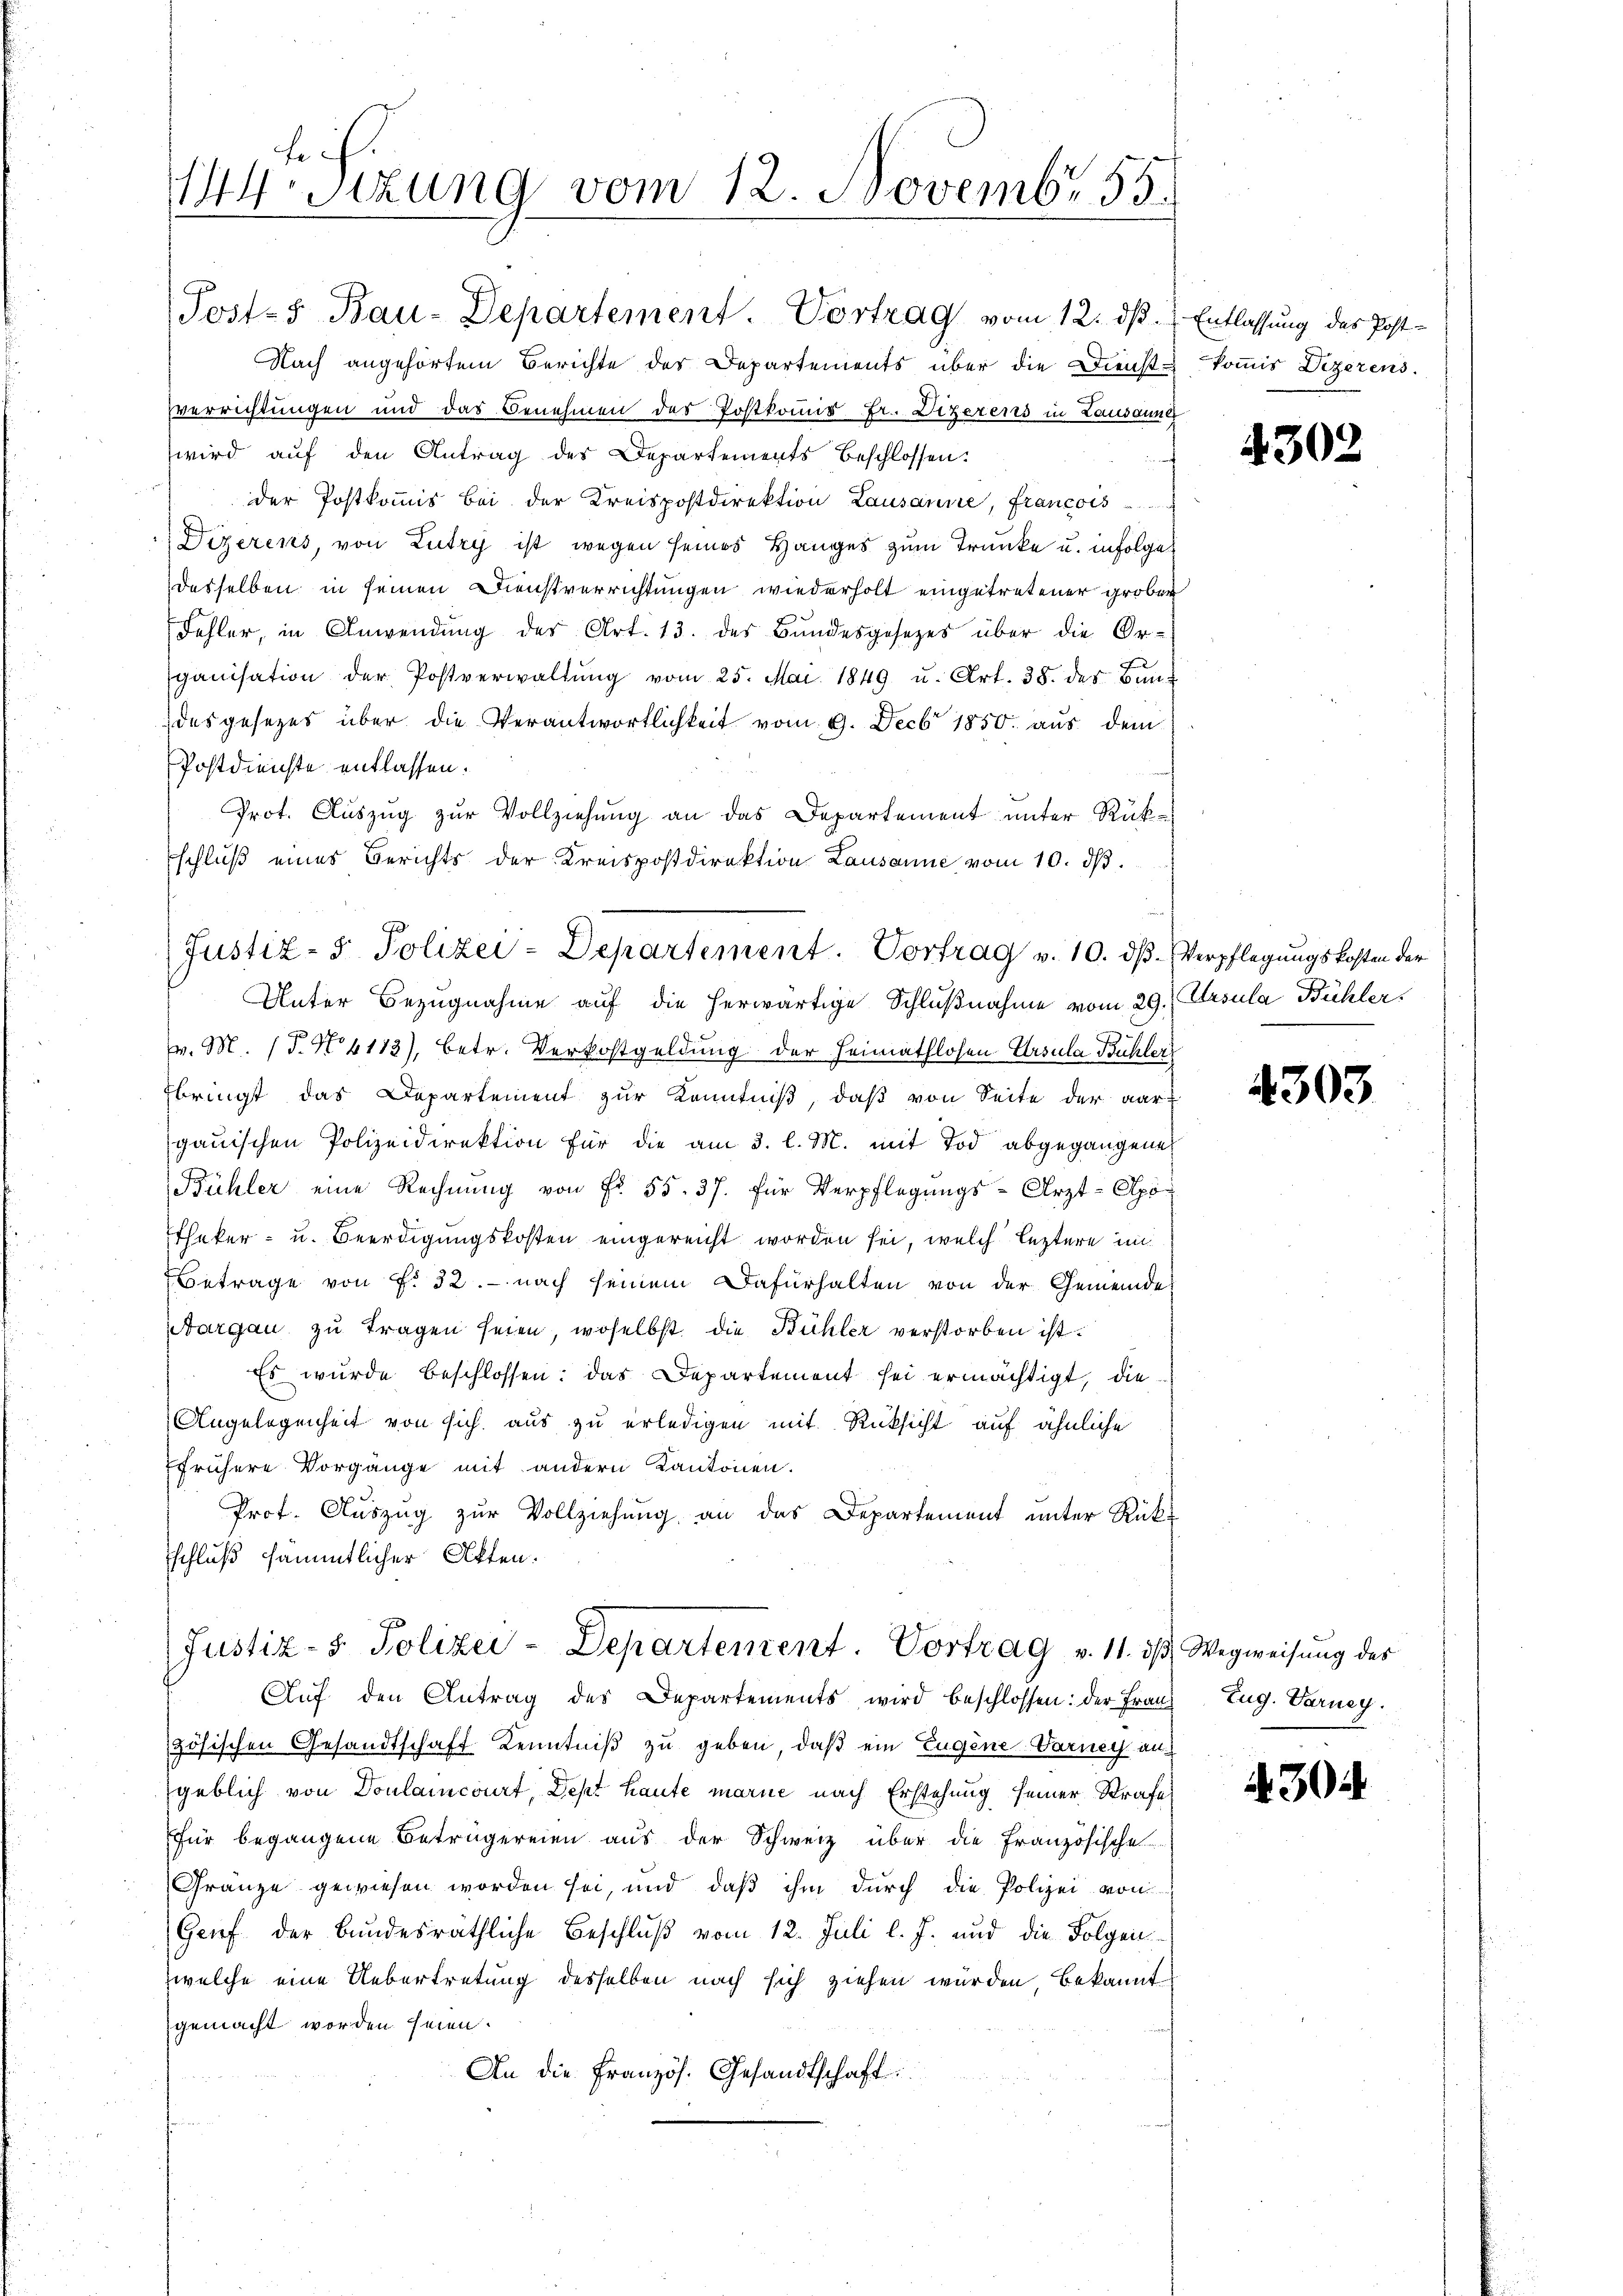
144. Sizung vom 12. Novembr 55.

Nach angehörtem Berichte des Departements über die Dienst-
verrichtungen und das Benehmen des Postkommis Fr. Dezerens in Lausanne
wird auf den Antrag des Departements beschlossen:
der Postkoṁis bei der Kreispostdirektion Lausanne, Francois
Dizerens, von Lutry ist wegen seines Hanges zum Trunke u. infolge
desselben in seinen Dienstverrichtungen wiederholt eingetretener grober
Fehler, in Anwendung des Art. 13. des Bundesgesetzes über die Or-
ganisation der Postverwaltŭng vom 25. Mai 1849 u. Art. 38. des Bundas gesetzes über die Verantwortlichkeit vom 9. Decbr 1850. aus dem
Postdienste entlassen.
Prot. Auszug zur Vollziehung an das Departement unter Rükschluß eines Berichts der Kreispostdirektion Lausanne vom 10. dβ.
Unter Bezugnahme auf die herwärtige Schlußnahme vom 29. Ursula Bühler,
v. M. 1. No 4113), betr. Verkostgeldung der Heimathlosen Ursula Bühler
bringt das Departement zur Kenntniß, daß von Seite der aar
gauischen Polizeidirektion für die am 3. l. M. mit Tod abgegangene
Bühler eine Rechnŭng von Fr. 55. 37. für Verpflegŭngs-Arzt-Alpo¬
Etheker- u. Beerdigungskosten eingereicht worden sei, welch leztere im¬
Betrage von f. 32. nach seinem Dafürhalten von der Gemeinde
Aargau zu tragen seien, woselbst die Bühler verstorben ist.
Es wurde beschlossen: das Departement sei ermächtigt, die
Angelegenheit von sich aus zu erledigen mit Rüksicht auf ähnliche
frühere Vorgänge mit andern Kantonen.
Prot. Aŭszŭg zŭr Vollziehung an das Departement unter Rück-
schluß sämmtlicher Akten.
Justiz- & Polizei-Departement. Vortrag v. 11. ds Wegweisung des
Aŭf den Antrag des Departements wird beschlossen: der Franz, Zug. Darnegzösischen Gesandtschaft Kenntniß zu geben, daß ein Eugene-Varney au
geblich von Doulancourt, Dept haute marie nach Erstehung seiner Strafe
für begangene Beträgereien aus der Schweiz über die Französische
Gränze gewiesen worden sei, und daß ihm durch die Polizei von
(Grif der Bundesräthliche Beschluß vom 12. Juli l. J. und die Folgenwelche eine Uebertretung desselben nach sich ziehen würden bekannt
gemacht worden seien.
An die Französ. Gesandtschaft

Posts Bau-Departement. Vortrag vom 12. dβ. Entlassung des Post-

Justiz- & Polizei-Departement. Vortrag v. 10. dß. Verpflegungskosten der

kommis Dizerens.

430.

2

4303.

430.